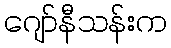
ဂျော်နီသန်းက